Annual report of the Imperial Bacteriological Laboratory, Muktesar
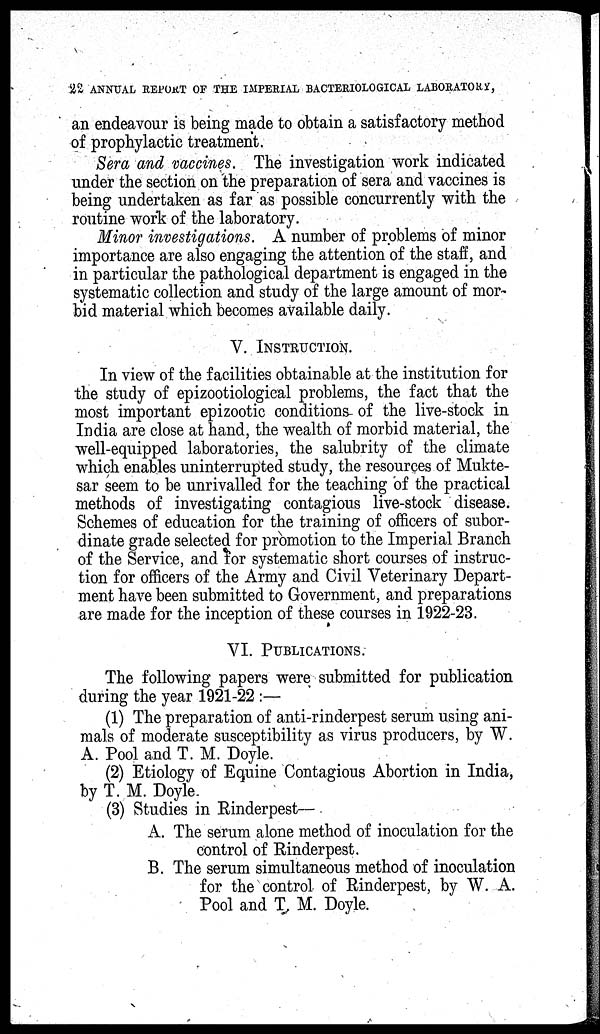
22 ANNUAL REPORT OF THE IMPERIAL BACTERIOLOGICAL LABORATORY,
an endeavour is being made to obtain a satisfactory method
of prophylactic treatment.
Sera and vaccines. The investigation work indicated
under the section on the preparation of sera and vaccines is
being undertaken as far as possible concurrently with the
routine work of the laboratory.
Minor investigations. A number of problems of minor
importance are also engaging the attention of the staff, and
in particular the pathological department is engaged in the
systematic collection and study of the large amount of mor-
bid material which becomes available daily.
V. INSTRUCTION.
In view of the facilities obtainable at the institution for
the study of epizootiological problems, the fact that the
most important epizootic conditions of the live-stock in
India are close at hand, the wealth of morbid material, the
well-equipped laboratories, the salubrity of the climate
which enables uninterrupted study, the resources of Mukte-
sar seem to be unrivalled for the teaching of the practical
methods of investigating contagious live-stock disease.
Schemes of education for the training of officers of subor-
dinate grade selected for promotion to the Imperial Branch
of the Service, and for systematic short courses of instruc-
tion for officers of the Army and Civil Veterinary Depart-
ment have been submitted to Government, and preparations
are made for the inception of these courses in 1922-23.
VI. PUBLICATIONS.
The following papers were submitted for publication
during the year 1921-22 :—
(1) The preparation of anti-rinderpest serum using ani-
mals of moderate susceptibility as virus producers, by W.
A. Pool and T. M. Doyle.
(2) Etiology of Equine Contagious Abortion in India,
by T. M. Doyle.
(3) Studies in Rinderpest—
A. The serum alone method of inoculation for the
control of Rinderpest.
B. The serum simultaneous method of inoculation
for the control of Rinderpest, by W. A.
Pool and T. M. Doyle.